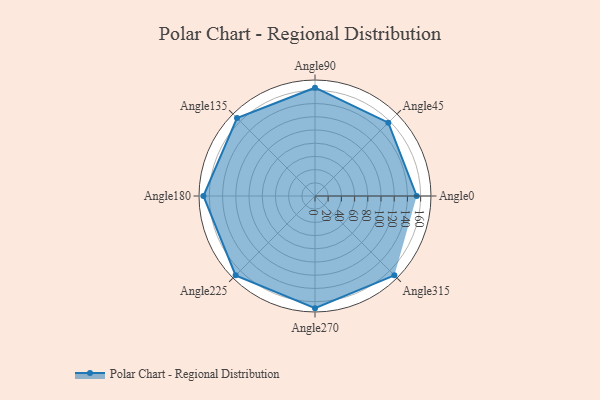
{"axis": {"x": "Angle", "y": "Radius"}, "legend": [""], "data": [{"x": "Angle0", "y": 154.0, "type": ""}, {"x": "Angle45", "y": 157.0, "type": ""}, {"x": "Angle90", "y": 164.0, "type": ""}, {"x": "Angle135", "y": 167.0, "type": ""}, {"x": "Angle180", "y": 169.0, "type": ""}, {"x": "Angle225", "y": 170, "type": ""}, {"x": "Angle270", "y": 170, "type": ""}, {"x": "Angle315", "y": 170, "type": ""}]}